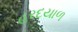
હરદયાળ